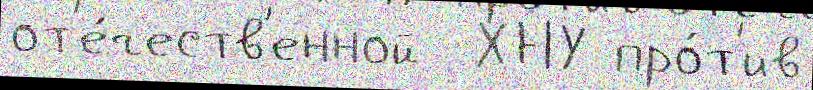
от'е́честв'енной  ХНУ про́т'ив